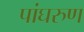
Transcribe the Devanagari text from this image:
पांघरुण